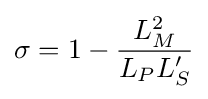
\sigma =1-{\frac {L_{M}^{2}}{L_{P}L_{S}^{\prime }}}